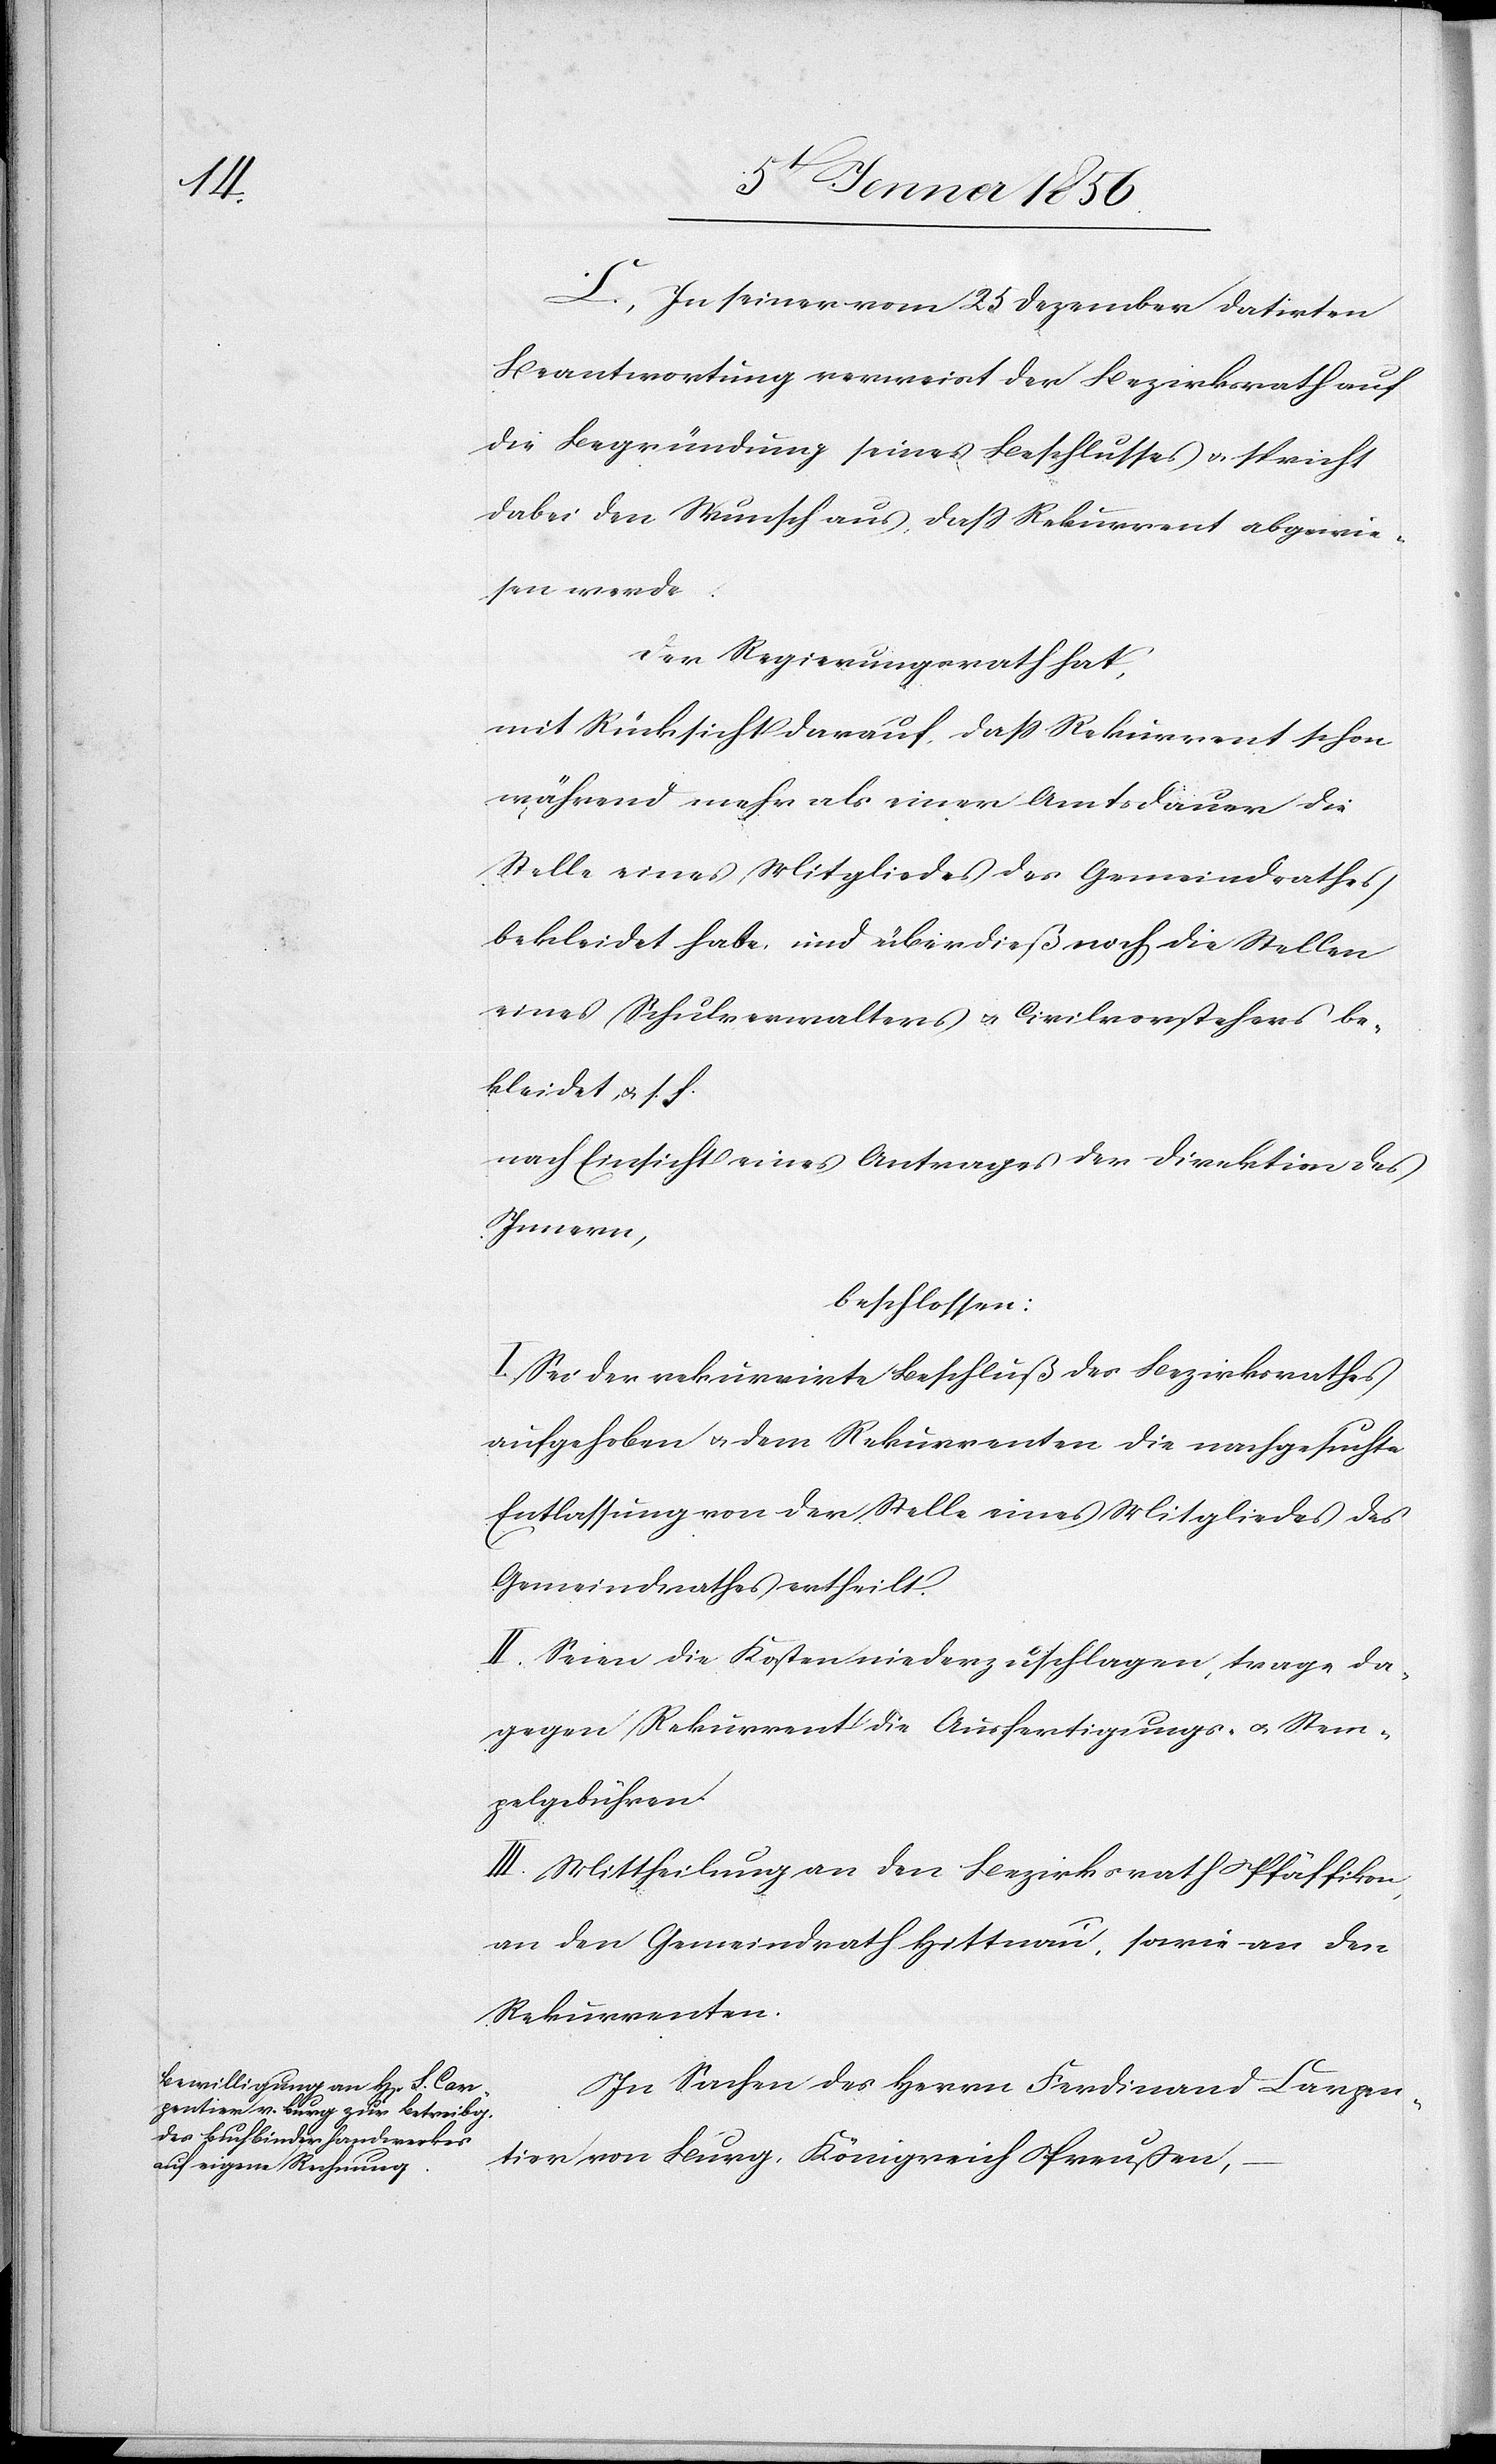
C. In seiner vom 25 Dezember datirten
Beantwortung verweist der Bezirksrath auf
die Begründung seines Beschlusses u. spricht
dabei den Wunsch aus, daß Rekurrent abgewie¬
sen werde.
Der Regierungsrath hat,
mit Rücksicht darauf, daß Rekurrent schon
während mehr als einer Amtsdauer die
Stelle eines Mitgliedes des Gemeindrathes
bekleidet habe, und überdieß noch die Stellen
eines Schulverwalters u. Civilvorstehers be¬
kleidet, u. s. f.
nach Einsicht eines Antrages der Direktion des
Innern,
beschlossen:
I. Sei der rekurrirte Beschluß des Bezirksrathes
aufgehoben u. dem Rekurrenten die nachgesuchte
Entlassung von der Stelle eines Mitgliedes des
Gemeindrathes ertheilt.
II. Seien die Kosten niederzuschlagen, trage da¬
gegen Rekurrent die Ausfertigungs- u. Stem¬
pelgebühren.
III. Mittheilung an den Bezirksrath Pfäffikon,
an den Gemeindrath Hittnau, sowie an den
Rekurrenten.
In Sachen des Herrn Ferdinand Carpen¬
tier von Burg, Königreich Preußen,